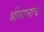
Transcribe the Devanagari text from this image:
भीमालाच